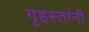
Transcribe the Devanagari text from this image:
गृहस्तांनी